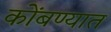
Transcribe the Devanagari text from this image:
कोंबण्यात